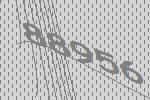
88956